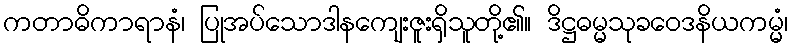
ကတာဓိကာရာနံ၊ ပြုအပ်သောဒါနကျေးဇူးရှိသူတို့၏။ ဒိဋ္ဌဓမ္မသုခဝေဒနိယကမ္မံ၊